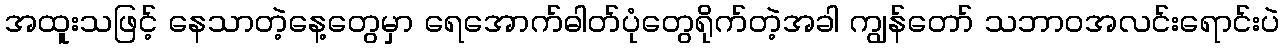
အထူးသဖြင့် နေသာတဲ့နေ့တွေမှာ ရေအောက်ဓါတ်ပုံတွေရိုက်တဲ့အခါ ကျွန်တော် သဘာဝအလင်းရောင်းပဲ